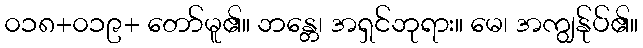
၀၁၈+၀၁၉+ တော်မူ၏။ ဘန္တေ၊ အရှင်ဘုရား။ မေ၊ အကျွန်ုပ်၏။